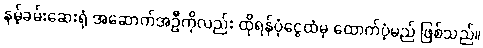
နမ့်ခမ်းဆေးရုံ အဆောက်အဦကိုလည်း ထိုရန်ပုံငွေထံမှ ထောက်ပံ့မည် ဖြစ်သည်။